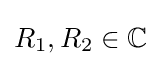
R_{1},R_{2}\in \mathbb {C}